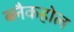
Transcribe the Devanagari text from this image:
ब्लैकहोल